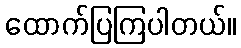
ထောက်ပြကြပါတယ်။